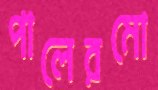
পালেরমো